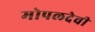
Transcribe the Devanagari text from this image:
मोपलदेवी